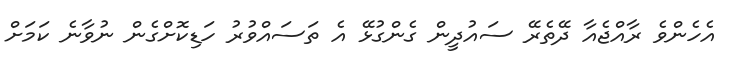
އެހެންވެ ރާއްޖެއާ ދޭތެރޭ ސައުދީން ގެންގުޅޭ އެ ތަސައްވުރު ހަޑިކޮށްގެން ނުވާނެ ކަމަށް